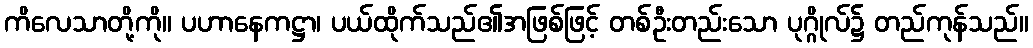
ကိလေသာတို့ကို။ ပဟာနေကဋ္ဌာ၊ ပယ်ထိုက်သည်၏အဖြစ်ဖြင့် တစ်ဦးတည်းသော ပုဂ္ဂိုလ်၌ တည်ကုန်သည်။